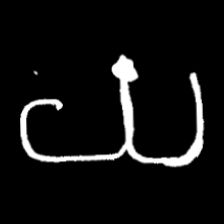
Pyu character \u2014 Myanmar letter: ယ (romanized: ya)